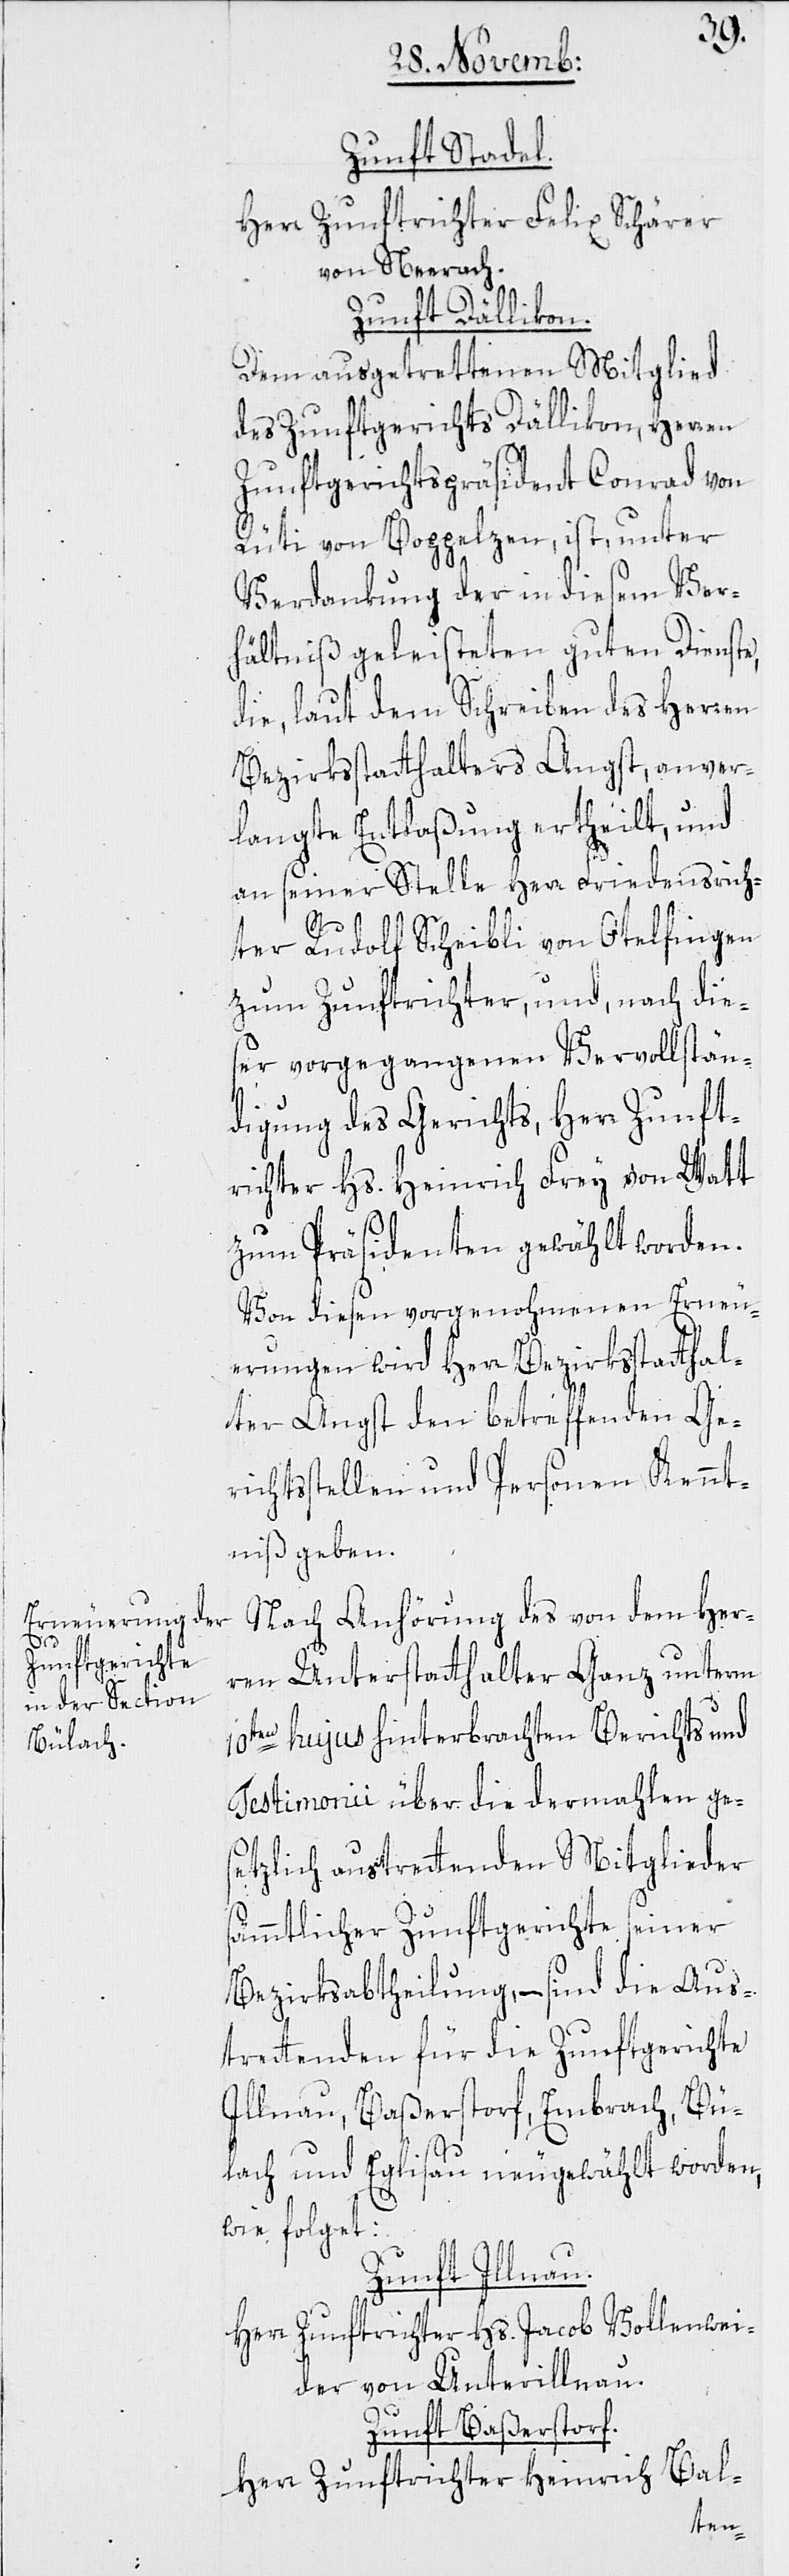
Zunft Stadel.
Herr Zunftrichter Felix Schärer
von Neerach.
Zunft Dällikon.
Dem ausgetrettenen Mitglied
des Zunftgerichts Dällikon, Herren
Zunftgerichtspräsident Conrad von
Rüti von Boppelsen, ist, unter
Verdankung der in diesem Ver¬
hältniß geleisteten guten Dienste,
die laut dem Schreiben des Herren
Bezirksstatthalters Angst, anver¬
langte Entlaßung ertheilt, und
an seiner Stelle Herr Friedensrich¬
s¬
ter Rudolf Scheibli von Otelfingen
zum Zunftrichter, und nach die¬
ser vorgegangenen Vervollstän¬
digung des Gerichts, Herr Zunft¬
richter Hs. Heinrich Frey von Watt
zum Präsidenten gewählt worden.
Von diesen vorgenohmenen Erneu¬
erungen wird Herr Bezirksstatthal¬
ter Angst den betreffenden Ge¬
richtsstellen und Personen Kennt¬
niß geben.
Nach Anhörung des von dem Her¬
ren Unterstatthalter Ganz unterm
10ten hujus hinterbrachten Berichts und
Testimonii über die dermahlen ge¬
setzlich austrettenden Mitglieder
ämmtlicher Zunftgerichte seiner
Bezirksabtheilung, – sind die Aus¬
trettenden für die Zunftgerichte
Illnau, Baßerstorf, Embrach, Bü¬
lach und Eglisau neugewählt worden,
wie folget:
Zunft Illnau.
Herr Zunftrichter Hs. Jacob Vollenwei¬
der von Unterillnau.
Zunft Baßerstorf.
Bal-
Herr Zunftrichter Heinrich